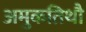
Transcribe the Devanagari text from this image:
अमुकतिथौ